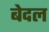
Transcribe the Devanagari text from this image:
बेदल